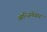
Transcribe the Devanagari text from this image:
आन्जिनेयार